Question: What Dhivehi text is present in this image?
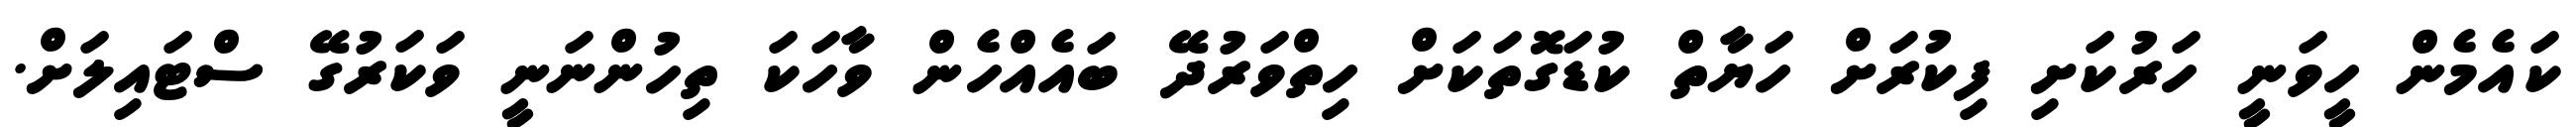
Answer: ކައެމެން ހީވަނީ ހަރުކަށި ފިކުރަށް ހަޔާތް ކުޑަގޮތަކަށް ހިތްވަރުދޭ ބައެއްހެން ވާހަކަ ތިހުންނަނީ ވަކަރުގޭ ސްޓައިލަށް.